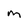
Character: M